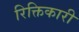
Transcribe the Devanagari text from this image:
रिक्तिकारी